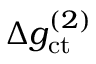
\Delta g _ { \mathrm { c t } } ^ { ( 2 ) }